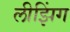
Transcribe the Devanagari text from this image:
लीझिंग